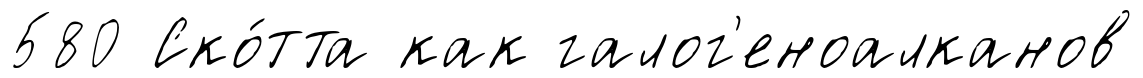
580 Ско́тта как галог'еноалканов